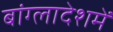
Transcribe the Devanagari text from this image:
बांग्लादेशमें